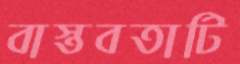
বাস্তবতাটি